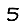
Digit: 5